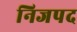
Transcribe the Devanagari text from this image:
निजपद